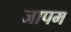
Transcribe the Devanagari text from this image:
जापम